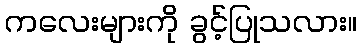
ကလေးများကို ခွင့်ပြုသလား။